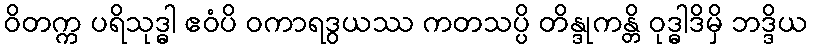
ဝိတက္က ပရိသုဒ္ဓါ ဧဝံပိ ဝကာရဒွယဿ ကတသပ္ပိ တိန္ဒုကန္တိ ဝုဒ္ဓါဒိမှိ ဘဒ္ဒိယ